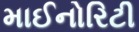
માઈનોરિટી